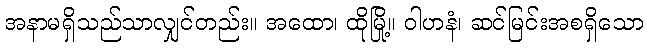
အနာမရှိသည်သာလျှင်တည်း။ အထော၊ ထိုမြို့။ ဝါဟနံ၊ ဆင်မြင်းအစရှိသော